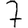
Digit: 7